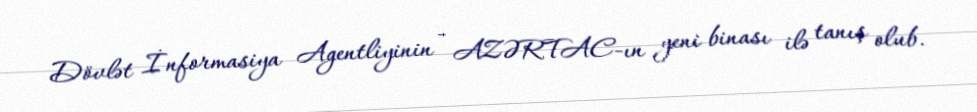
Dövlət İnformasiya Agentliyinin - AZƏRTAC-ın yeni binası ilə tanış olub.